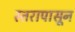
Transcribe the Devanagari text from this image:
स्तरापासून